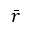
\bar { r }